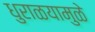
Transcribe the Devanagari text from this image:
धुराळयामुळे